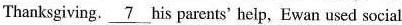
Thanksgiving. \underline{7} his parents' help, Ewan used social